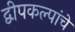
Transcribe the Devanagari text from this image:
द्वीपकल्पांचे